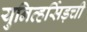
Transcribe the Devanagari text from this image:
युनिव्हर्सिड़ची